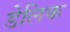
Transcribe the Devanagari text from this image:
डेलिक